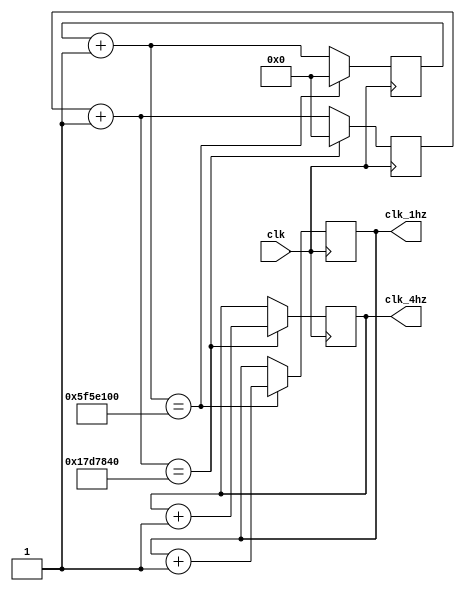
`timescale 1ns / 1ps


module counter_8bit(
    input clk,
    output clk_1hz,
    output clk_4hz
    );
    
    reg [31:0] clk_counter1hz;
    reg [31:0] clk_counter4hz;
    reg counter_1hz;
    reg counter_4hz;
    
    initial begin
        clk_counter1hz=0;
        clk_counter4hz=0;
        counter_1hz=0;
        counter_4hz=0;
    end
    
    always@(posedge clk) begin
        clk_counter1hz= clk_counter1hz+1;
        clk_counter4hz= clk_counter4hz+1;

        if (clk_counter1hz==100000000)begin
            clk_counter1hz=0;
            counter_1hz=counter_1hz+1;
        end
    
         if (clk_counter4hz==25000000)begin
            clk_counter4hz=0;
            counter_4hz=counter_4hz+1;
        end
       
    end
    assign clk_1hz=counter_1hz;
    assign clk_4hz=counter_4hz;
    
    
endmodule